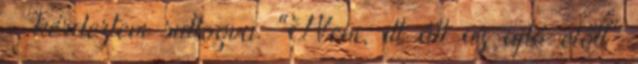
- kérdeztem suttogva. "Nem, itt áll az ajtó előtt"